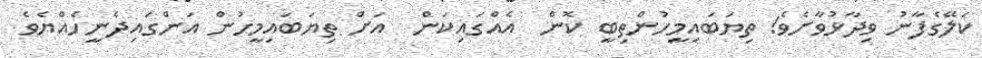
ކަލޭގެފާނު ވިދާޅުވާށެވެ! ތިޔަބައިމީހުންތިބީ ކޮން  އެއްގައިކަން  އަށް ތިޔަބައިމީހުން އަންގައިދެނީހެއްޔެވެ